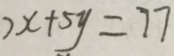
7 x + 5 y = 7 7